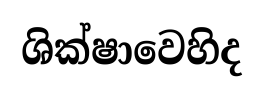
ශික්ෂාවෙහිද